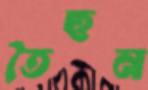
তৈছন